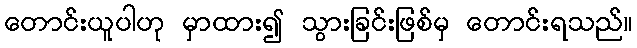
တောင်းယူပါဟု မှာထား၍ သွားခြင်းဖြစ်မှ တောင်းရသည်။